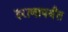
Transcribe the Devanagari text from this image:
इराणापर्यंत